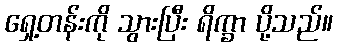
ရှေ့တန်းကို သွားပြီး ရိက္ခာ ပို့သည်။